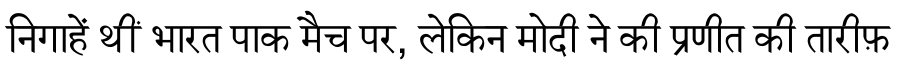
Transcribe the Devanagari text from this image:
निगाहें थीं भारत पाक मैच पर, लेकिन मोदी ने की प्रणीत की तारीफ़